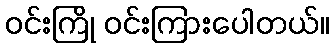
ဝင်းကြို ဝင်းကြားပေါတယ်။